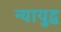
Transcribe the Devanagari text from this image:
न्यायुद्ध